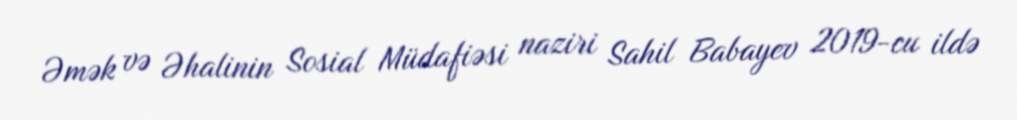
Əmək və Əhalinin Sosial Müdafiəsi naziri Sahil Babayev 2019-cu ildə